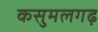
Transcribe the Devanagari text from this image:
कसुमलगढ़